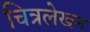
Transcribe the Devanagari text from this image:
चित्रलेखन